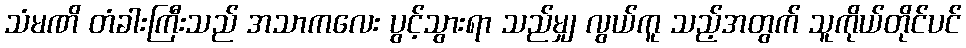
သံမဏိ တံခါးကြီးသည် အသာကလေး ပွင့်သွားရာ သည်မျှ လွယ်ကူ သည့်အတွက် သူကိုယ်တိုင်ပင်